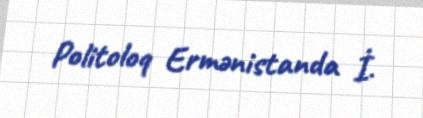
Politoloq Ermənistanda İ.